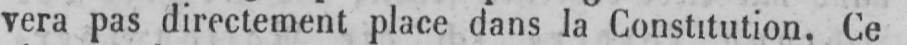
vera pas directement place dans la Constitution. Ce